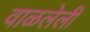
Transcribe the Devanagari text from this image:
वाळलेलीं